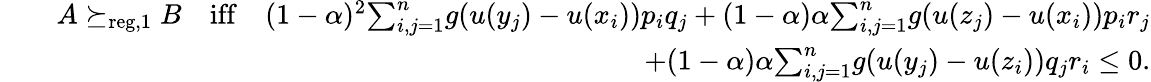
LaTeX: \begin{array}{rlr}&{}&{A\succeq_{\mathrm{reg,1}}B\quad\mathrm{iff}\quad(1-\alpha)^{2}{\sum}_{i,j=1}^{n}g(u(y_{j})-u(x_{i}))p_{i}q_{j}+(1-\alpha)\alpha{\sum}_{i,j=1}^{n}g(u(z_{j})-u(x_{i}))p_{i}r_{j}}\\ &{}&{+(1-\alpha)\alpha{\sum}_{i,j=1}^{n}g(u(y_{j})-u(z_{i}))q_{j}r_{i}\leq 0.}\end{array}